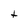
Character: t